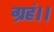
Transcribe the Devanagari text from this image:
ग्रहं।।